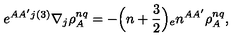
e ^ { A A ^ { \prime } j } { } ^ { ( 3 ) } \nabla _ { j } \rho _ { A } ^ { n q } = - \Bigr ( n + { \frac { 3 } { 2 } } \Bigr ) { _ { e } n ^ { A A ^ { \prime } } } \rho _ { A } ^ { n q } ,